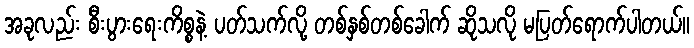
အခုလည်း စီးပွားရေးကိစ္စနဲ့ ပတ်သက်လို့ တစ်နှစ်တစ်ခေါက် ဆိုသလို မပြတ်ရောက်ပါတယ်။